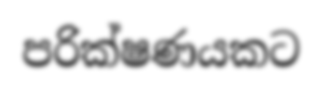
පරික්ෂණයකට